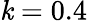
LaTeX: \mathit{k}=0.4